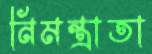
নিমন্ত্রাতা